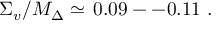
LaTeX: \Sigma _ { v } / M _ { \Delta } \simeq \, \mathrm { 0 . 0 9 - - 0 . 1 1 } \ .